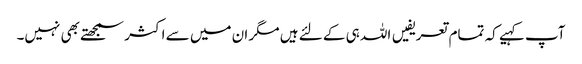
آپ کہیے کہ تمام تعریفیں اللہ ہی کے لئے ہیں مگر ان میں سے اکثر سمجھتے بھی نہیں۔